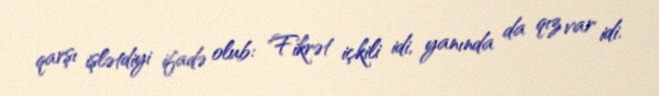
qarşı işlətdiyi ifadə olub: "Fikrət içkili idi, yanında da qız var idi.